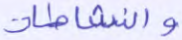
والناشطات